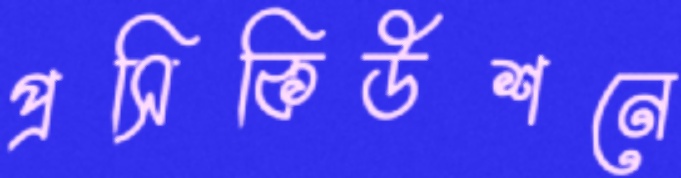
প্রসিকিউশনে